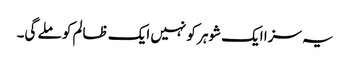
یہ سزا ایک شوہر کو نہیں ایک ظالم کو ملے گی۔